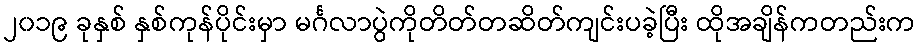
၂၀၁၉ ခုနှစ် နှစ်ကုန်ပိုင်းမှာ မင်္ဂလာပွဲကိုတိတ်တဆိတ်ကျင်းပခဲ့ပြီး ထိုအချိန်ကတည်းက